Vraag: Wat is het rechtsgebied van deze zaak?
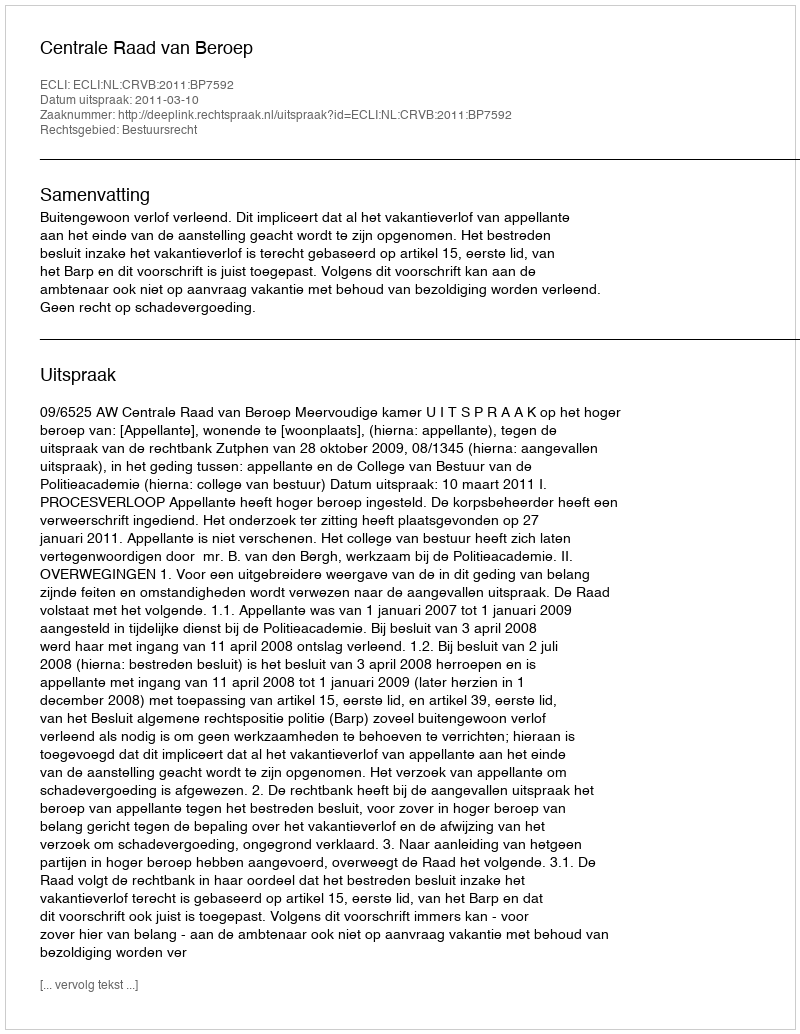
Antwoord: Bestuursrecht